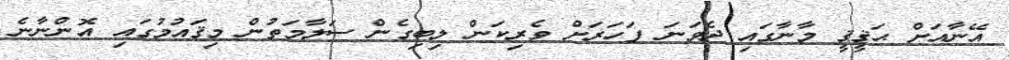
އޭނާއަށް ޙަޤީޤީ މާނާގައި ދެވަނަ ފަހަރަށް ވެރިކަން ލިބިގެން ސަލާމަތުން މިޤައުމުގައި އޮންނާނެ